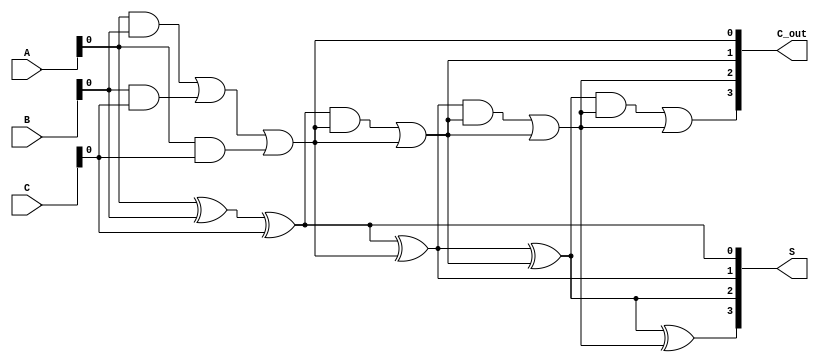
module ArrayCarrySaveAdder #(parameter WIDTH = 4, parameter NUM_INPUTS = 3) (
    input  [WIDTH-1:0] A,
    input  [WIDTH-1:0] B,
    input  [WIDTH-1:0] C,
    output [WIDTH-1:0] S,
    output [WIDTH-1:0] C_out
);

    // Intermediate wires to hold sum and carry outputs of full adders
    wire [WIDTH-1:0] sum [0:NUM_INPUTS-1];
    wire [WIDTH-1:0] carry [0:NUM_INPUTS-1];

    // Generate the full adders for each bit position
    genvar i, j;
    generate
        for (i = 0; i < WIDTH; i = i + 1) begin : adder_row
            if (i == 0) begin
                // First stage: Add A, B, and C
                assign sum[0][i] = A[i] ^ B[i] ^ C[i];
                assign carry[0][i] = (A[i] & B[i]) | (B[i] & C[i]) | (A[i] & C[i]);
            end else begin
                // Subsequent stages: Add previous sum and carry
                assign sum[0][i] = sum[0][i-1] ^ carry[0][i-1];
                assign carry[0][i] = (sum[0][i-1] & carry[0][i-1]) | (carry[0][i-1] & carry[0][i-1]);
            end
        end
    endgenerate

    // Final sum and carry outputs
    assign S = sum[0];
    assign C_out = carry[0];

endmodule